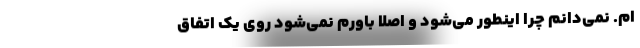
ام. نمی‌دانم چرا اینطور می‌شود و اصلاً باورم نمی‌شود روی یک اتفاق